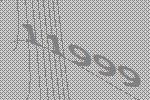
11999